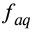
f _ { a q }